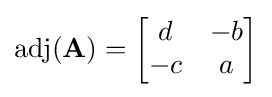
\operatorname {adj} (\mathbf {A} )={\begin{bmatrix}d&-b\\-c&a\end{bmatrix}}